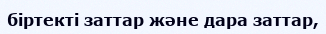
біртекті заттар және дара заттар,